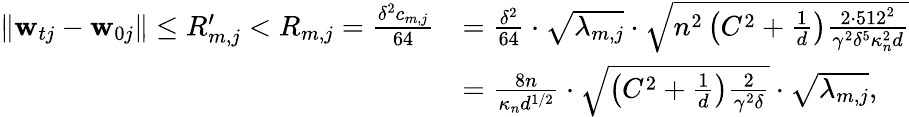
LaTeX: \begin{array}{rl}{\| \mathbf{w}_{tj}-\mathbf{w}_{0j}\| \leq R_{m,j}^{\prime}<R_{m,j}=\frac{\delta^{2}c_{m,j}}{64}}&{=\frac{\delta^{2}}{64}\cdot\sqrt{\lambda_{m,j}}\cdot\sqrt{n^{2}\left(C^{2}+\frac{1}{d}\right)\frac{2\cdot 512^{2}}{\gamma^{2}\delta^{5}\kappa_{n}^{2}d}}}\\ &{=\frac{8n}{\kappa_{n}d^{1/2}}\cdot\sqrt{\left(C^{2}+\frac{1}{d}\right)\frac{2}{\gamma^{2}\delta}}\cdot\sqrt{\lambda_{m,j}},}\end{array}